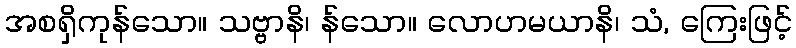
အစရှိကုန်သော။ သဗ္ဗာနိ၊ န်သော။ လောဟမယာနိ၊ သံ, ကြေးဖြင့်